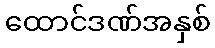
ထောင်ဒဏ်အနှစ်